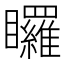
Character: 𭿳